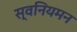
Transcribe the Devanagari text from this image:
स्वनियमन